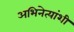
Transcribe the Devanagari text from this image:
अभिनेत्यांशी